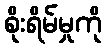
စိုးရိမ်မှုကို